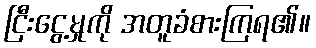
ငြီးငွေ့မှုကို အတူခံစားကြရ၏။